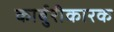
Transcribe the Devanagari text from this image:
कार्बुरीकारक